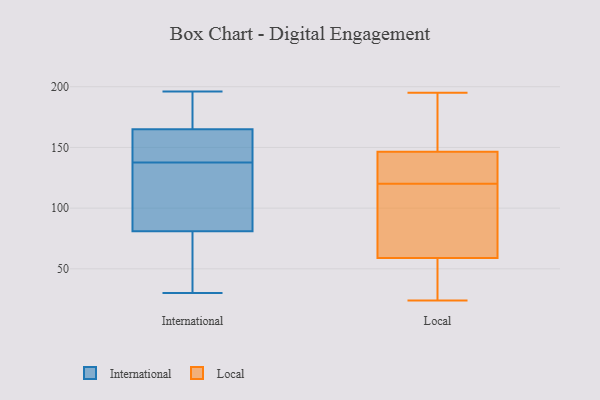
{"axis": {"x": "Bounce Rate (%)", "y": "Value"}, "legend": ["International", "Local"], "data": [{"x": "", "y": 79, "type": "International"}, {"x": "", "y": 174, "type": "International"}, {"x": "", "y": 178, "type": "International"}, {"x": "", "y": 159, "type": "International"}, {"x": "", "y": 124, "type": "International"}, {"x": "", "y": 69, "type": "International"}, {"x": "", "y": 165, "type": "International"}, {"x": "", "y": 105, "type": "International"}, {"x": "", "y": 176, "type": "International"}, {"x": "", "y": 30, "type": "International"}, {"x": "", "y": 137, "type": "International"}, {"x": "", "y": 48, "type": "International"}, {"x": "", "y": 155, "type": "International"}, {"x": "", "y": 162, "type": "International"}, {"x": "", "y": 81, "type": "International"}, {"x": "", "y": 138, "type": "International"}, {"x": "", "y": 196, "type": "International"}, {"x": "", "y": 86, "type": "International"}, {"x": "", "y": 180, "type": "Local"}, {"x": "", "y": 34, "type": "Local"}, {"x": "", "y": 167, "type": "Local"}, {"x": "", "y": 165, "type": "Local"}, {"x": "", "y": 195, "type": "Local"}, {"x": "", "y": 62, "type": "Local"}, {"x": "", "y": 120, "type": "Local"}, {"x": "", "y": 24, "type": "Local"}, {"x": "", "y": 112, "type": "Local"}, {"x": "", "y": 139, "type": "Local"}, {"x": "", "y": 91, "type": "Local"}, {"x": "", "y": 124, "type": "Local"}, {"x": "", "y": 128, "type": "Local"}, {"x": "", "y": 149, "type": "Local"}, {"x": "", "y": 101, "type": "Local"}, {"x": "", "y": 124, "type": "Local"}, {"x": "", "y": 58, "type": "Local"}, {"x": "", "y": 56, "type": "Local"}, {"x": "", "y": 32, "type": "Local"}]}